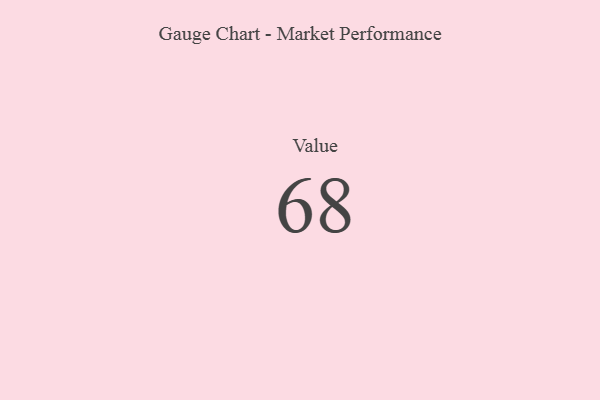
{"axis": {"x": "Metric", "y": "Value"}, "legend": [""], "data": [{"x": "Value", "y": 68, "type": ""}]}